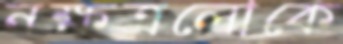
নক্ষত্রলোকে